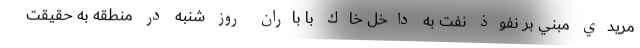
مريدي مبني بر نفوذ نفت به داخل خاك با باران روز شنبه در منطقه به حقيقت